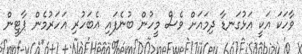
ވާހަކަ އަކީ އަޅުގަނޑާ ދިމައަށް ވެސް މީހުން ބުނެފައި އެބަހުރި އަހަރުމެން ޕާޓީން